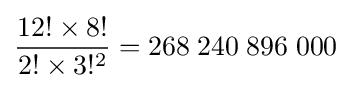
{\frac {12!\times 8!}{2!\times 3!^{2}}}=268\;240\;896\;000